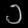
Digit: ၁